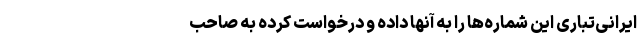
ایرانی‌تباری این شماره‌ها را به آنها داده و درخواست کرده به صاحب